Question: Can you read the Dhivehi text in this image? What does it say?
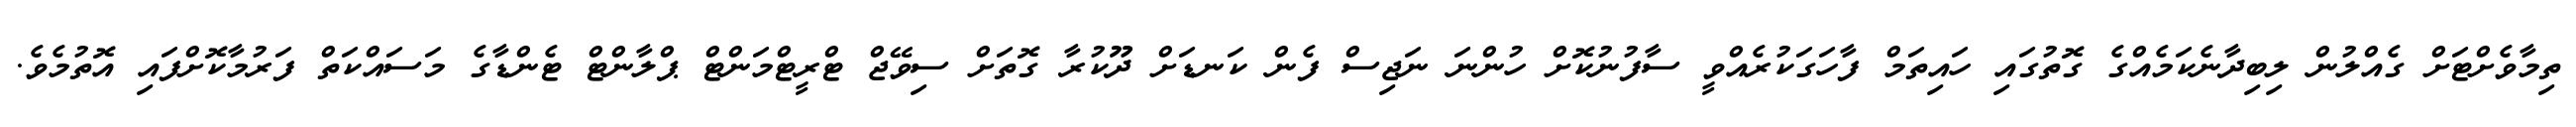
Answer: ތިމާވެށްޓަށް ގެއްލުން ލިބިދާނެކަމެއްގެ ގޮތުގައި ހައިތަމް ފާހަގަކުރެއްވީ ސާފުނުކޮށް ހުންނަ ނަޖިސް ފެން ކަނޑަށް ދޫކުރާ ގޮތަށް ސިވޭޖް ޓްރީޓްމަންޓް ޕްލާންޓް ޓެންޑާގެ މަސައްކަތް ފަރުމާކޮށްފައި އޮތުމެވެ.